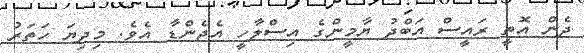
ދެން އޮތީ ރައީސް އަބްދު ޔާމީންގެ އިސްލާހީ އެޖެންޑާ އެވެ. މިދިޔަ ހަތަރު